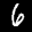
Label: 6